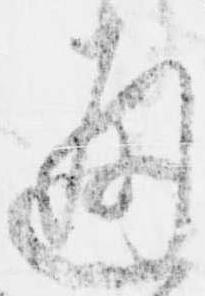
通